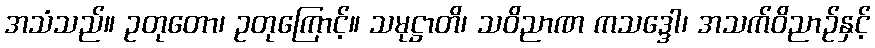
အသံသည်။ ဥတုတော၊ ဥတုကြောင့်။ သမုဋ္ဌာတိ၊ သဝိညာဏ ကသဒ္ဒေါ၊ အသက်ဝိညာဉ်နှင့်